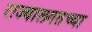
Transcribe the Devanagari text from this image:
राज्यालगतच्या